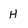
Character: H